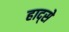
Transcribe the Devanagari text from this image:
हाद्से